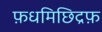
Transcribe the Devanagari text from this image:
फ़धमिछिद्रफ़